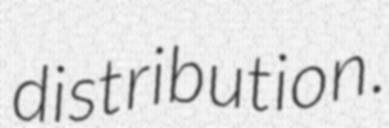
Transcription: distribution.